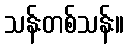
သန်းတစ်သန်း။